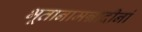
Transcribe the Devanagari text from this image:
भूतानामन्नादीनां